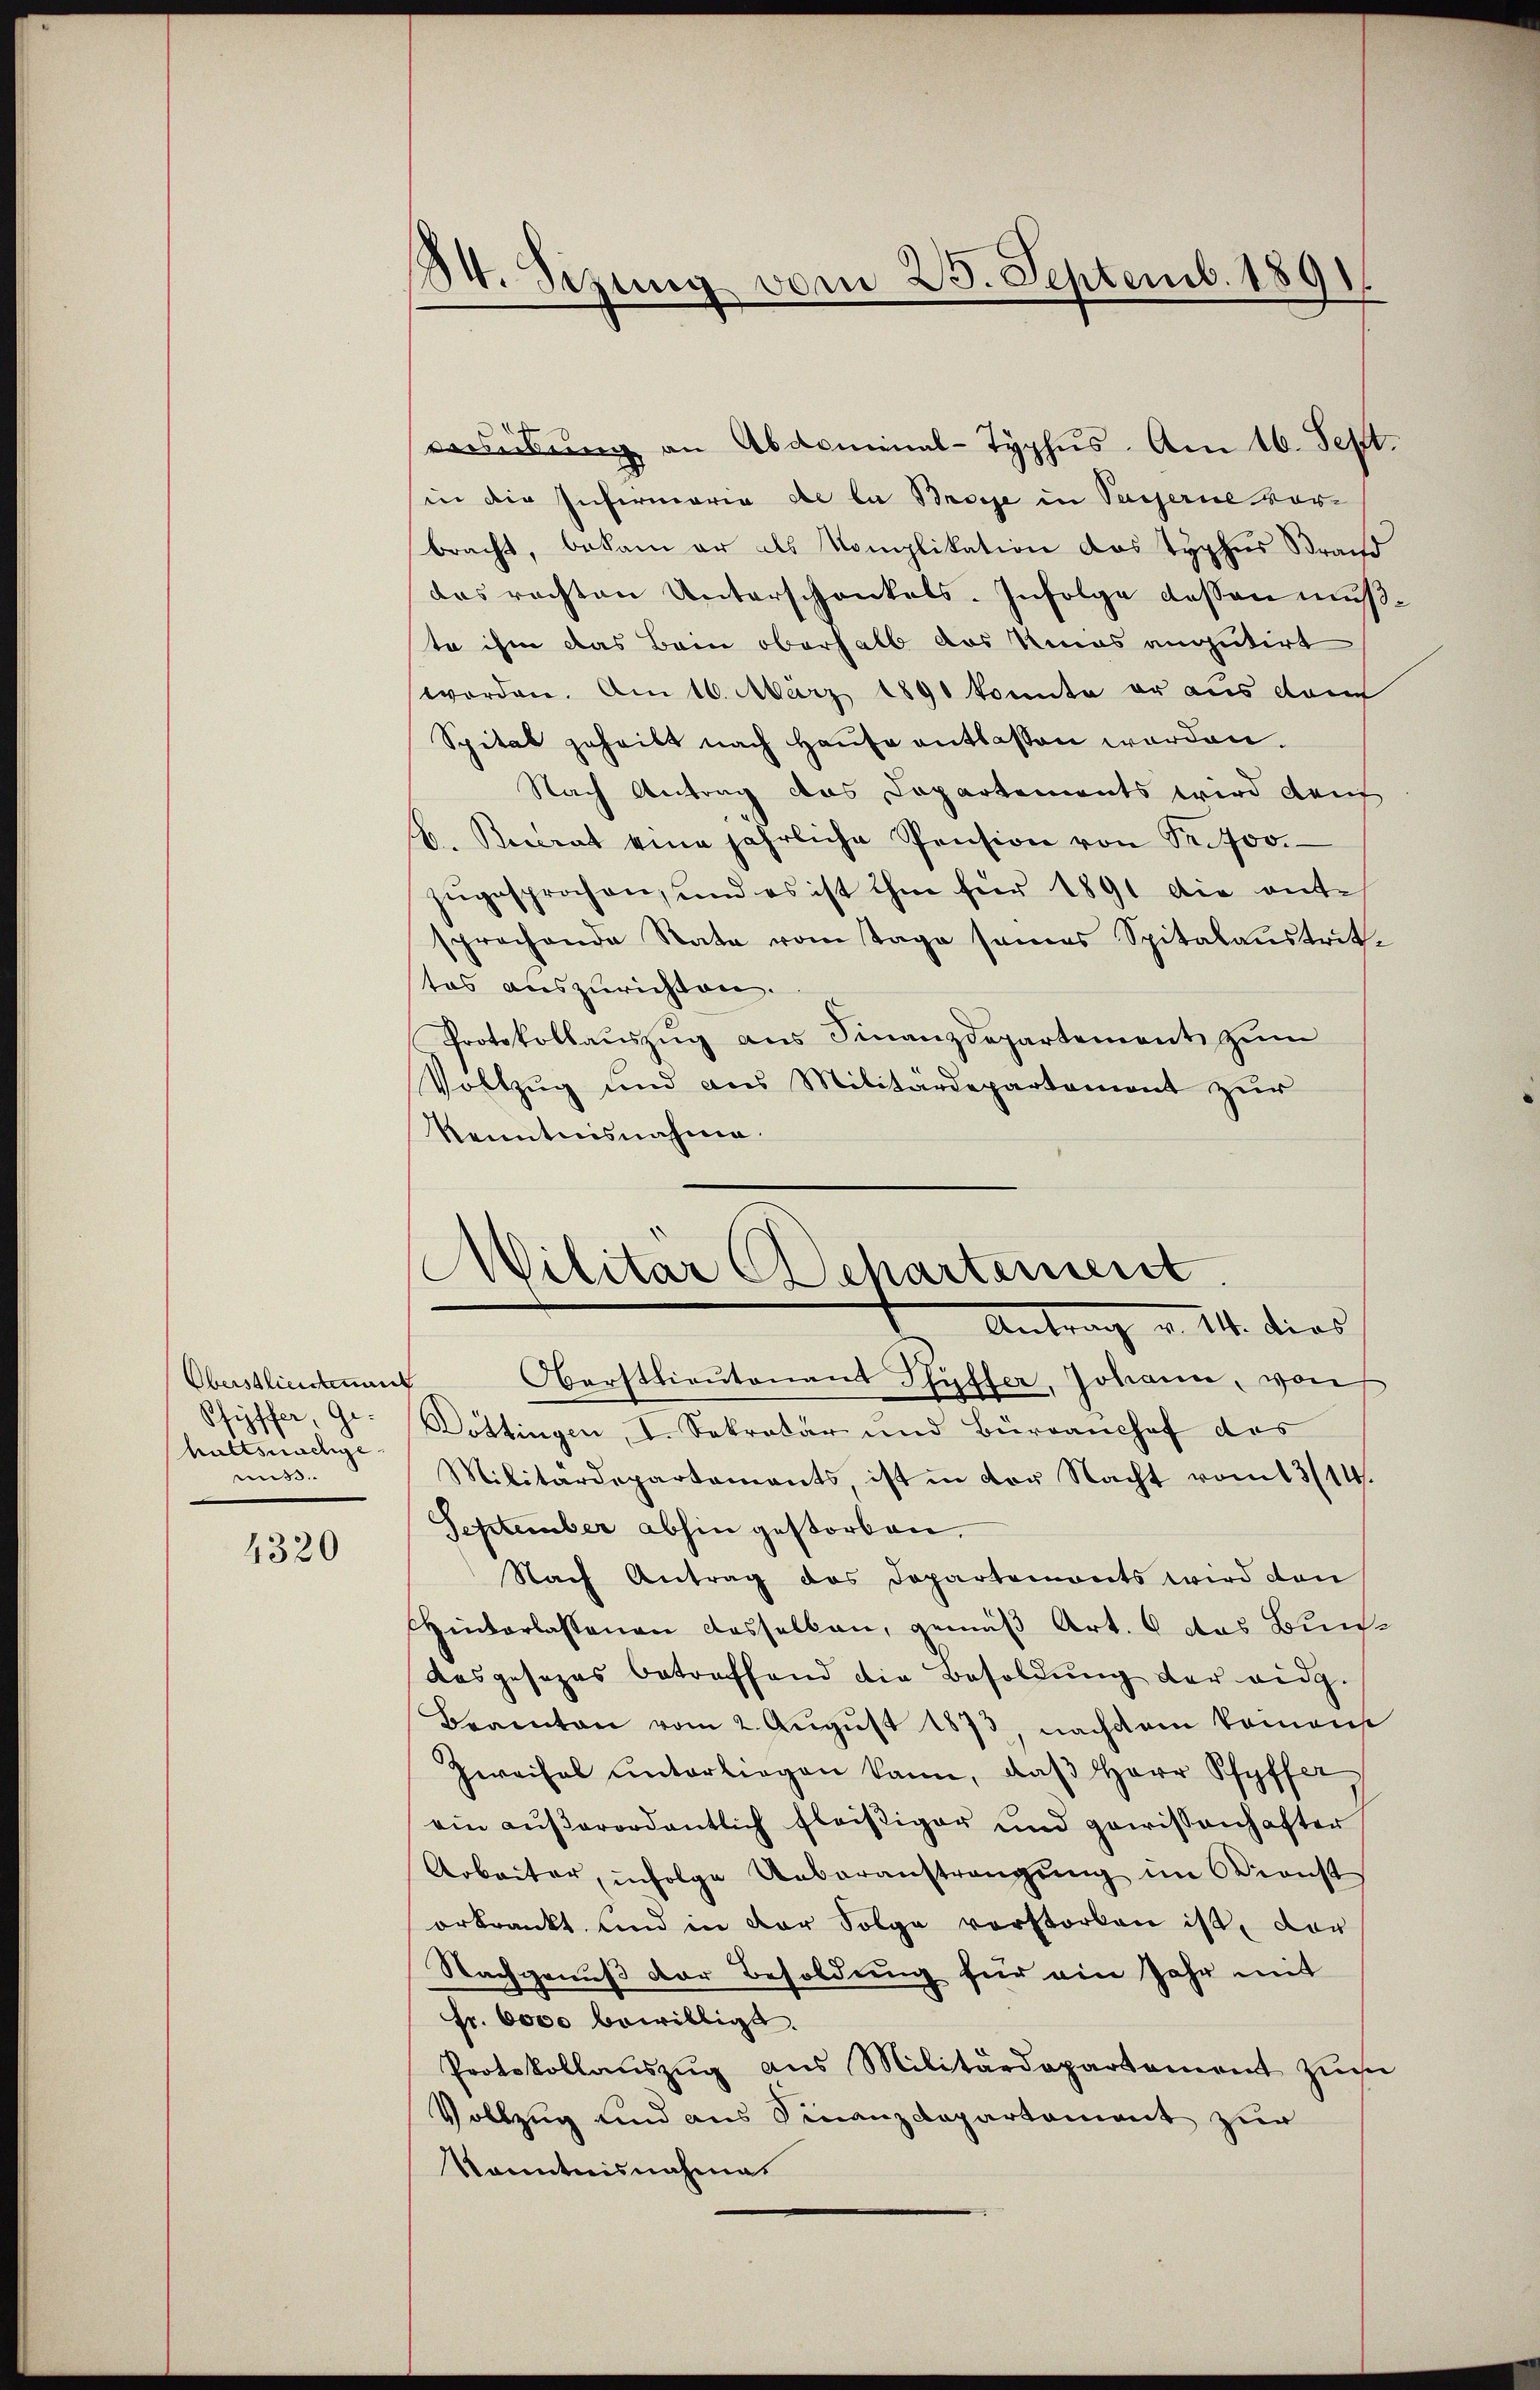
Oberstliesstement
Pfyffer, Gehuttsnachge
mis.

4320

184. Sezung vom 25. Septemb. 1891.

verübung an Abdominal-Typhus. Am 16. Sept.
in die Infermoria de la Brose in Passerne vorbracht, bekam er als Komplikation das Typhus Brand
das rechten Unterschenkels. Infolge dessen mußte ihm das Bann oberhalb das Rinas angutirt
worden. Am 16. März 1891 konnte er aus dem
Spital geheibt nach Hause entlassen worden.
Nach Antrag das Departements wird den
b. Recerat eine jährliche Pension von Pr. 700.
zŭgesprochen, und es ist ihm für 1891 die ente
sprochende Rate vom Tage seines Spitalaustrit-
tos auszurichten.
Protokollaŭszŭg aŭs Finanzdepartement zŭm
Vollzug und aus Militärdepartement zur
Kenntnisnahme.

Militar Departement
Antrag v. 14. dies

Oberstlieutenant Pfyffer, Johann, von
Döttingen, I. Sekretär und Bürganshof des
Militärdepartements ist in der Nacht vom 13/14.
September abhin gestorben.
Nach Antrag des Departemonts wird dan
Hinterlassenen dasselben, gemäß Art. 6 das Bun¬
Aasgesezes betreffend die Besoldung der eidg.
Beamten vom 2. Aŭgŭst 1873, nachdem keinen
Zweifel unterliegen kann, daβ Herr Pfyffer
ein aŭβerordentlich fleißiger und gewissenhafter
Arbeiter, infolge Ueberanstrengung im Dienst
orkrankt, und in der Folge verstorben ist, der
Nachgenuß der Besoldung für ein Jahr mit
fr. 6000 bewilligt.
Protokollaŭszŭg ans Militärdepartement zum
Vollzug und aus Finanzdepartement zur
Kenntnisnahme